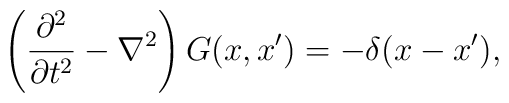
\left({\partial^2\over\partial t^2}-\nabla^2\right)G(x,x')=-\delta(x-x'),